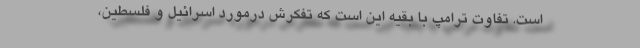
است. تفاوت ترامپ با بقیه این است که تفکرش درمورد اسرائیل و فلسطین،